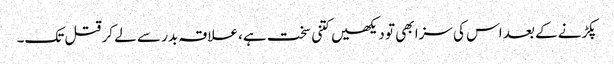
پکڑنے کے بعد اس کی سزا بھی تو دیکھیں کتنی سخت ہے، علاقہ بدر سے لے کر قتل تک۔